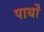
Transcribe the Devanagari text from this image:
पार्थों